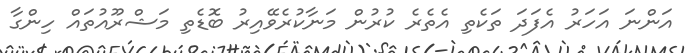
އަންނަ އަހަރު އެފަދަ ތަކެތި އެތެރެ ކުރުން މަނާކުރެވޭއިރު ބޮޑެތި މަޝްރޫއުތައް ހިންގާ